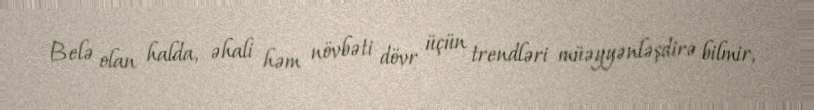
Belə olan halda, əhali həm növbəti dövr üçün trendləri müəyyənləşdirə bilmir,